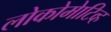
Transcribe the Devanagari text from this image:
लोकोमेाटिव्ह